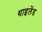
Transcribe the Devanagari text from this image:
थाइलेंड